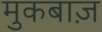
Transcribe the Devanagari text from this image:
मुकबाज़